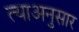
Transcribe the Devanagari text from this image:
त्याअनुसार